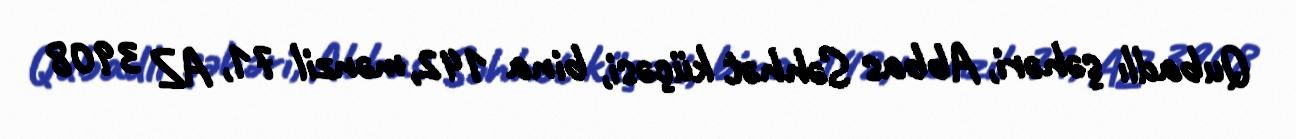
Qubadlı şəhəri, Abbas Səhhət küçəsi, bina 142, mənzil 71, AZ 3908